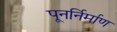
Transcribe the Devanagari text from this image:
पूनर्निर्माण